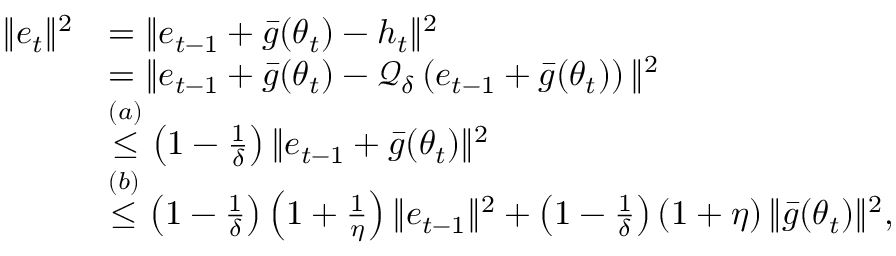
\begin{array} { r l } { \Vert e _ { t } \Vert ^ { 2 } } & { = \Vert e _ { t - 1 } + \bar { g } ( \theta _ { t } ) - h _ { t } \Vert ^ { 2 } } \\ & { = \Vert e _ { t - 1 } + \bar { g } ( \theta _ { t } ) - \mathcal { Q } _ { \delta } \left( e _ { t - 1 } + \bar { g } ( \theta _ { t } ) \right) \Vert ^ { 2 } } \\ & { \overset { ( a ) } \leq \left( 1 - \frac { 1 } { \delta } \right) \Vert e _ { t - 1 } + \bar { g } ( \theta _ { t } ) \Vert ^ { 2 } } \\ & { \overset { ( b ) } \leq \left( 1 - \frac { 1 } { \delta } \right) \left( 1 + \frac { 1 } { \eta } \right) \Vert e _ { t - 1 } \Vert ^ { 2 } + \left( 1 - \frac { 1 } { \delta } \right) \left( 1 + \eta \right) \Vert \bar { g } ( \theta _ { t } ) \Vert ^ { 2 } , } \end{array}